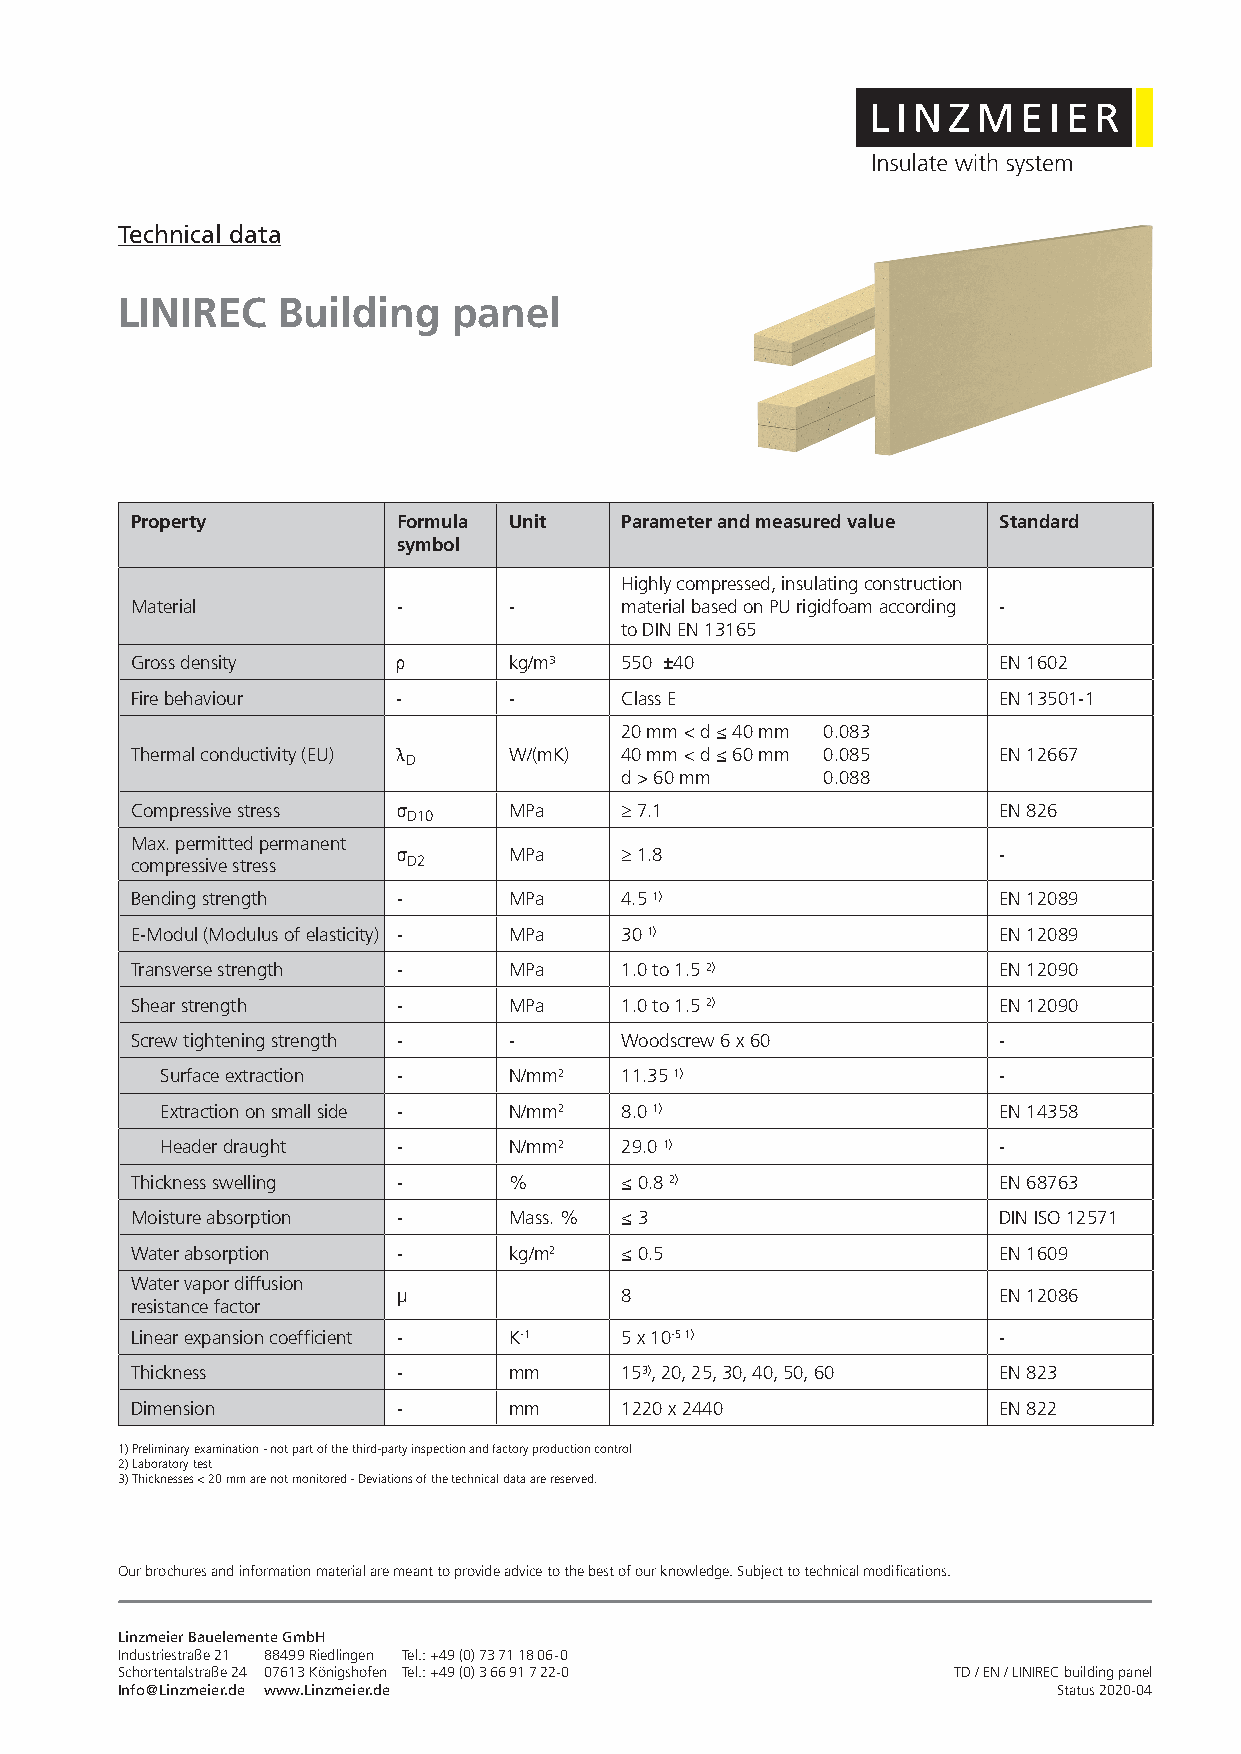
Technical data
 LINIREC   Building    panel
 Property         Formula Unit   Parameter and measured value Standard
 symbol
 Highly compressed, insulating construction
 Material         -       -      material based on PU rigidfoam according -
 to DIN EN 13165
 Gross density    ρ       kg/m³  550 ±40                  EN 1602
 Fire behaviour   -       -      Class E                  EN 13501-1
 20 mm < d ≤ 40 mm 0.083
 Thermal conductivity (EU) λD W/(mK) 40 mm < d ≤ 60 mm 0.085 EN 12667
 d > 60 mm    0.088
 Compressive stress σ     MPa    ≥ 7.1                    EN 826
 D10
 Max. permitted permanent
 σ       MPa    ≥ 1.8                    -
 compressive stress D2
 Bending strength -       MPa    4.5 1)                   EN 12089
 E-Modul (Modulus of elasticity) - MPa 30 1)              EN 12089
 Transverse strength -    MPa    1.0 to 1.5 2)            EN 12090
 Shear strength   -       MPa    1.0 to 1.5 2)            EN 12090
 Screw tightening strength - -   Woodscrew 6 x 60         -
 Surface extraction -   N/mm2  11.35 1)                 -
 Extraction on small side - N/mm2 8.0 1)                EN 14358
 Header draught -       N/mm2  29.0 1)                  -
 Thickness swelling -     %      ≤ 0.8 2)                 EN 68763
 Moisture absorption -    Mass. % ≤ 3                     DIN ISO 12571
 Water absorption -       kg/m2  ≤ 0.5                    EN 1609
 Water vapor diffusion
 μ              8                        EN 12086
 resistance factor
 Linear expansion coefficient - K-1 5 x 10-5 1)           -
 Thickness        -       mm     153), 20, 25, 30, 40, 50, 60 EN 823
 Dimension        -       mm     1220 x 2440              EN 822
 1) Preliminary examination - not part of the third-party inspection and factory production control
 2) Laboratory test
 3) Thicknesses < 20 mm are not monitored - Deviations of the technical data are reserved.
 Our brochures and information material are meant to provide advice to the best of our knowledge. Subject to technical modifications.
 Linzmeier Bauelemente GmbH
 Industriestraße 21 88499 Riedlingen Tel.: +49 (0) 7371 1806-0
 Schortentalstraße 24 07613 Königshofen Tel.: +49 (0) 36691 722-0 TD / EN / LINIREC building panel
 Info@Linzmeier.de www.Linzmeier.de                            Status 2020-04